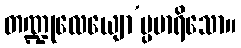
တဏ္ဍုလေယျော’ပ္ပမာရိသော။